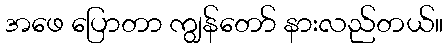
အဖေ ပြောတာ ကျွန်တော် နားလည်တယ်။